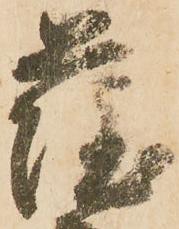
薩